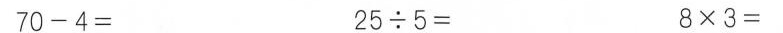
$$7 0 - 4 =$$ $$2 5 \div 5 =$$ $$8 \times 3 =$$